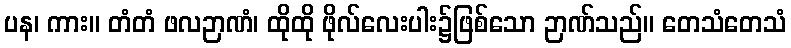
ပန၊ ကား။ တံတံ ဖလဉာဏံ၊ ထိုထို ဖိုလ်လေးပါး၌ဖြစ်သော ဉာဏ်သည်။ တေသံတေသံ